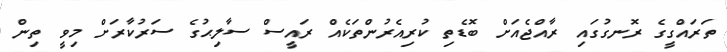
ތަރައްގީގެ ރޮނގުގައި ރާއްޖެއަށް ބޮޑެތި ކުރިއެރުންތަކެއް ރައީސް ސާލިޙުގެ ސަރުކާރަށް މިވީ ތިން